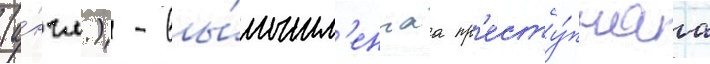
(а́нгл.) - вы́мышл'еннаа пр'есту́пнаа